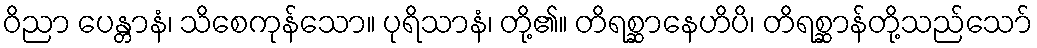
ဝိညာ ပေန္တာနံ၊ သိစေကုန်သော။ ပုရိသာနံ၊ တို့၏။ တိရစ္ဆာနေဟိပိ၊ တိရစ္ဆာန်တို့သည်သော်